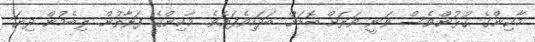
މާކިންގެ ގުޅުންވެސް ވަނީ ވަރަށް ބޮޑަށް ބަދަހިވެފައެވެ. މާކިންގެ ފަރާތުން ލިބެމުން ދިޔަ